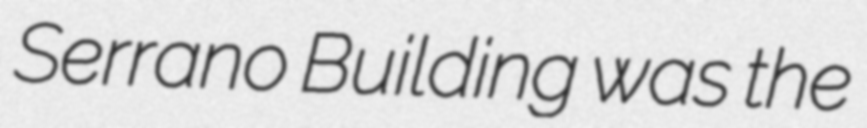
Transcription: Serrano Building was the